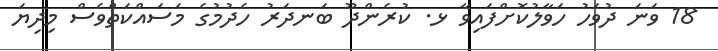
18 ވަނަ ދުވަހު ހަވާލުކޮށްފައިވާ ޅ. ކުރެންދޫ ބަނދަރު ހެދުމުގެ މަސައްކަތްވެސް މިދިޔަ